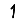
Digit: 1